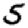
Digit: 5